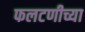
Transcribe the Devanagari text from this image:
फलटणीच्या